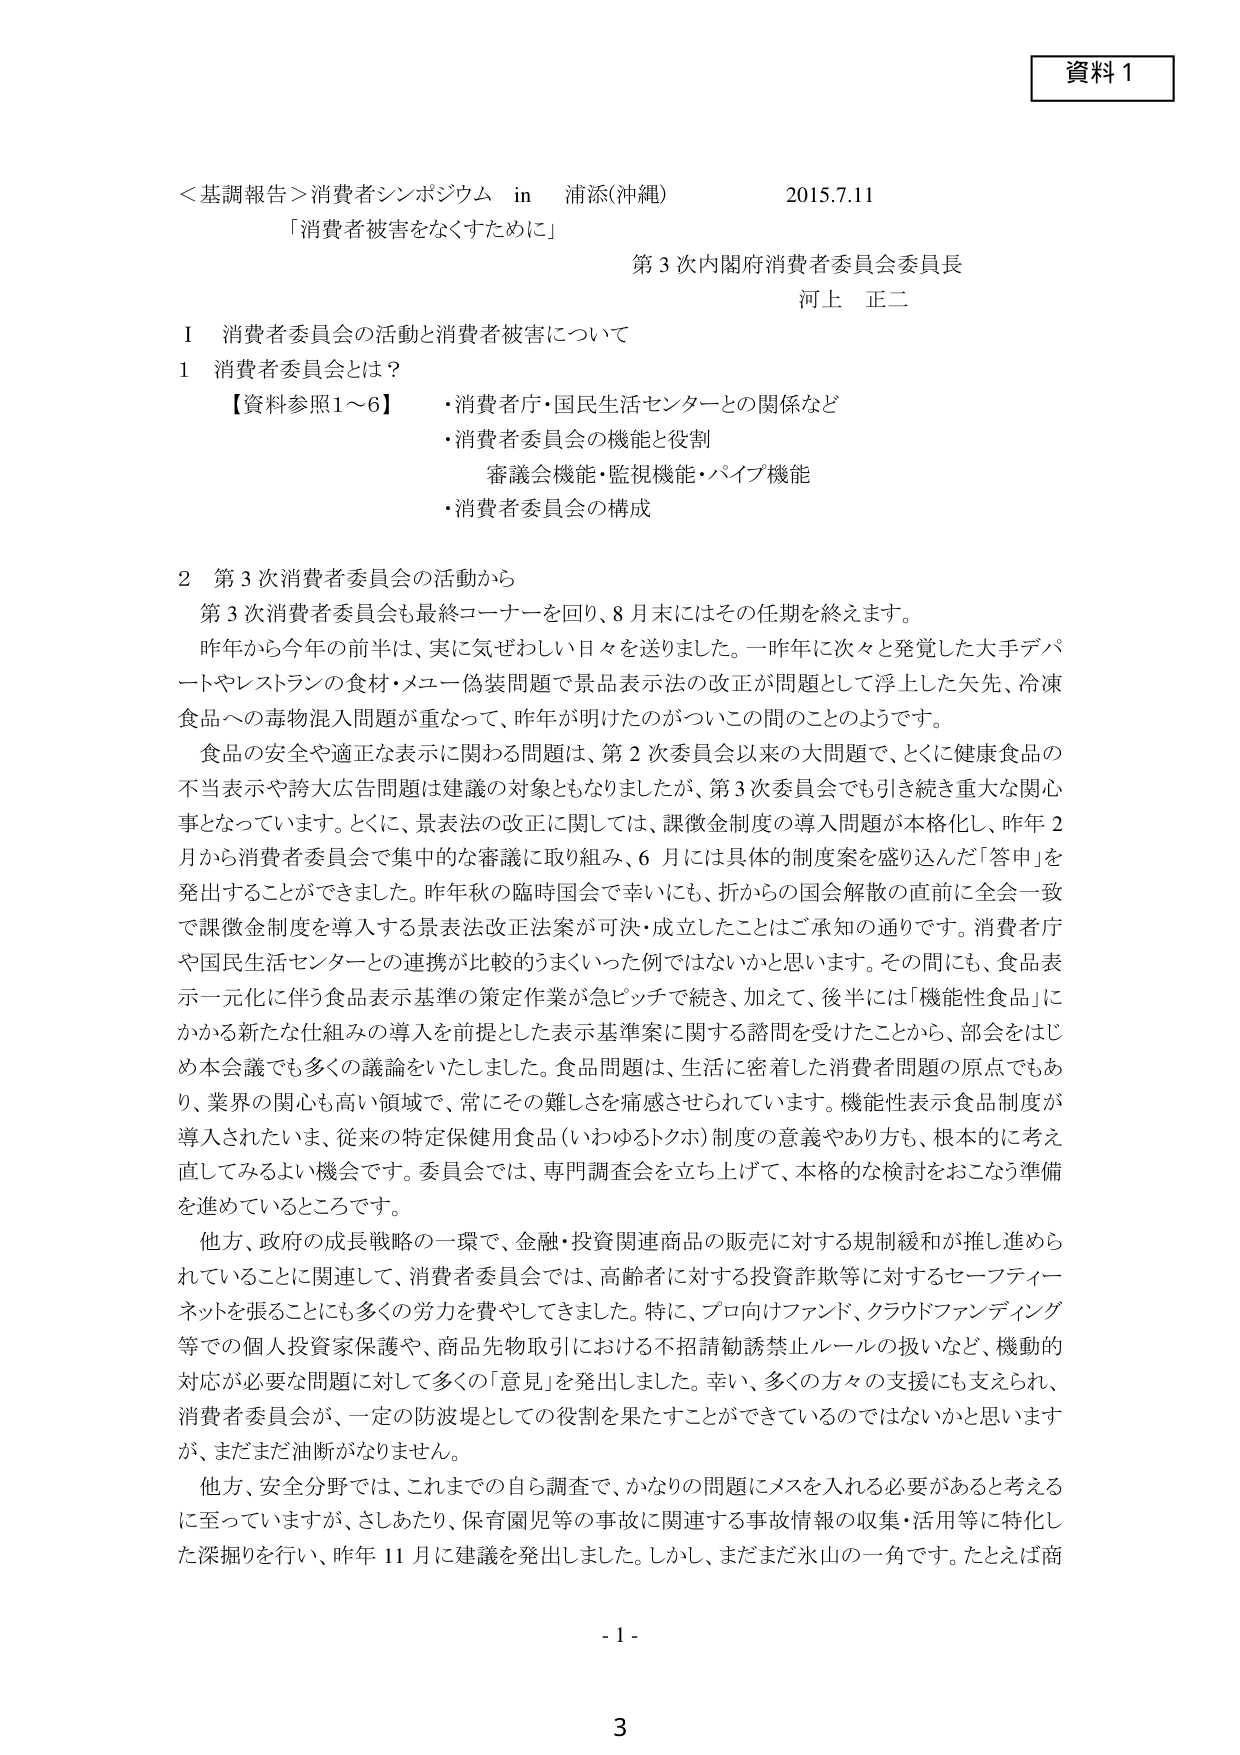
資料１

＜基調報告＞消費者シンポジウム in 浦添(沖縄) 2015.7.11
「消費者被害をなくすために」
第3次内閣府消費者委員会委員長
河上 正二

Ⅰ 消費者委員会の活動と消費者被害について

1 消費者委員会とは？
【資料参照1～6】
・消費者庁・国民生活センターとの関係など
・消費者委員会の機能と役割
　審議会機能・監視機能・パイプ機能
・消費者委員会の構成

2 第3次消費者委員会の活動から
第3次消費者委員会も最終コーナーを回り、8月末にはその任期を終えます。
昨年から今年の前半は、実に気ぜわしい日々を送りました。一昨年に次々と発覚した大手デパートやレストランの食材・メニュー偽装問題で景品表示法の改正が問題として浮上した矢先、冷凍食品への毒物混入問題が重なって、昨年が明けたのがついこの間のことのようです。
食品の安全や適正な表示に関わる問題は、第2次委員会以来の大問題で、とくに健康食品の不当表示や誇大広告問題は建議の対象ともなりましたが、第3次委員会でも引き続き重大な関心事となっています。とくに、景表法の改正に関しては、課徴金制度の導入問題が本格化し、昨年2月から消費者委員会で集中的な審議に取り組み、6月には具体的制度案を盛り込んだ「答申」を発出することができました。昨年秋の臨時国会で幸いにも、折からの国会解散の直前に全会一致で課徴金制度を導入する景表法改正法案が可決・成立したことはご承知の通りです。消費者庁や国民生活センターとの連携が比較的うまくいった例ではないかと思います。その間にも、食品表示一元化に伴う食品表示基準の策定作業が急ピッチで続き、加えて、後半には「機能性食品」にかかる新たな仕組みの導入を前提とした表示基準案に関する諮問を受けたことから、部会をはじめ本会議でも多くの議論をいたしました。食品問題は、生活に密着した消費者問題の原点でもあり、業界の関心も高い領域で、常にその難しさを痛感させられています。機能性表示食品制度が導入されたいま、従来の特定保健用食品（いわゆるトクホ）制度の意義やあり方も、根本的に考え直してみるよい機会です。委員会では、専門調査会を立ち上げて、本格的な検討をおこなう準備を進めているところです。
他方、政府の成長戦略の一環で、金融・投資関連商品の販売に対する規制緩和が推し進められていることに連関して、消費者委員会では、高齢者に対する投資詐欺等に対するセーフティーネットを張ることにも多くの労力を費やしてきました。特に、プロ向けファンド、クラウドファンディング等での個人投資家保護や、商品先物取引における不招請勧誘禁止ルールの扱いなど、機動的対応が必要な問題に対して多くの「意見」を発出しました。幸い、多くの方々の支援にも支えられ、消費者委員会が、一定の防波堤としての役割を果たすことができているのではないかと思いますが、まだまだ油断がなりません。
他方、安全分野では、これまでの自ら調査で、かなりの問題にメスを入れる必要があると考えるに至っていますが、さしあたり、保育園児等の事故に関連する事故情報の収集・活用等に特化した深掘りを行い、昨年11月に建議を発出しました。しかし、まだまだ氷山の一角です。たとえば商

- 1 -
3